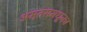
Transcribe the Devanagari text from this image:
अमृतसमधूनच